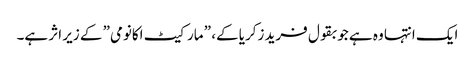
ایک انتہا وہ ہے جو بقول فرید زکریا کے، ” مارکیٹ اکانومی” کے زیر اثر ہے۔